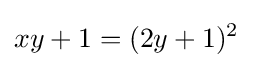
xy+1=(2y+1)^{2}